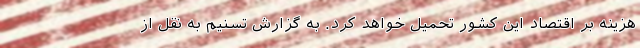
هزینه بر اقتصاد این کشور تحمیل خواهد کرد. به گزارش تسنیم به نقل از